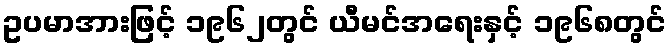
ဥပမာအားဖြင့် ၁၉၆၂တွင် ယီမင်အရေးနှင့် ၁၉၆၈တွင်